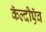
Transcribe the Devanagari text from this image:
कॅल्दीऍव